Lunatic asylums in Bengal annual reports 1888-1898 - 1888-1898
Year: 1888
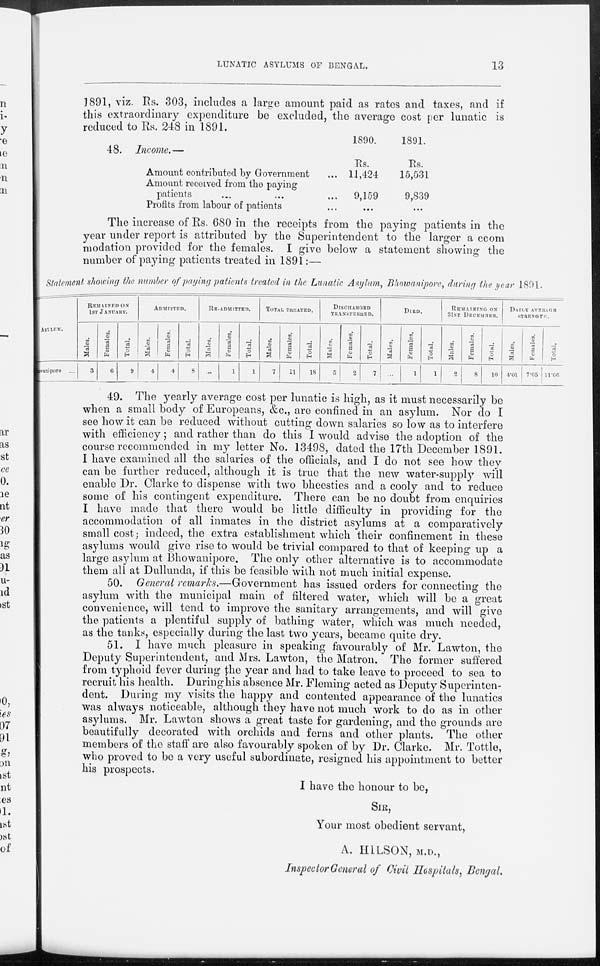
LUNATIC ASYLUMS OF BENGAL.
13
1891, viz. Rs. 303, includes a large amount paid as rates and taxes, and if
this extraordinary expenditure be excluded, the average cost per lunatic is
reduced to Rs. 248 in 1891.
48.
Income.—
Amount contributed by Government ...
Amount received from the paying
patients ... ... ...
Profits from labour of patients ...
1890.
Rs.
11,424
9,159
...
1891.
Rs.
15,531
9,839
...
The increase of Rs. 680 in the receipts from the paying patients in the
year under report is attributed by the Superintendent to the larger a ccom
modation provided for the females. I give below a statement showing the
number of paying patients treated in 1891:—
Statement showing the number of paying patients treated in the Lunatic Asylum, Bhawanipore, during the year 1891.
ASYLUM.
Bhawanipore ...
REMAINED ON
1ST JANUARY.
Males.
3
Females.
6
Total.
9
ADMITTED.
Males.
4
Females.
4
Total.
8
RE-ADMITTED.
Males.
...
Females.
1
Total.
1
TOTAL TREATED
Males.
7
Females.
11
Total.
18
DISCHARGED
TRANSFERRED.
Males.
5
Females.
2
Total.
7
DIED.
Males.
...
Females.
1
Total.
1
REMAINING ON
31ST DECEMBER.
Males.
2
Females.
8
Total.
10
DAILY
AVERAGE
STRENGTH.
Males.
4.01
Females.
7.05
Total.
11.06
49. The yearly average cost per lunatic is high, as it must necessarily be
when a small body of Europeans, &c., are confined in an asylum. Nor do I
see how it can be reduced without cutting down salaries so low as to interfere
with efficiency; and rather than do this I would advise the adoption of the
course recommended in my letter No. 13498, dated the 17th December 1891.
I have examined all the salaries of the officials, and I do not see how they
can be further reduced, although it is true that the new water-supply will
enable Dr. Clarke to dispense with two bheesties and a cooly and to reduce
some of his contingent expenditure. There can be no doubt from enquiries
I have made that there would be little difficulty in providing for the
accommodation of all inmates in the district asylums at a comparatively
small cost; indeed, the extra establishment which their confinement in these
asylums would give rise to would be trivial compared to that of keeping up a
large asylum at Bhowanipore. The only other alternative is to accommodate
them all at Dullunda, if this be feasible with not much initial expense.
50. General remarks.—Government
has issued orders for connecting the
asylum with the municipal main of filtered water, which will be a great
convenience, will tend to improve the sanitary arrangements, and will give
the patients a plentiful supply of bathing water, which was much needed,
as the tanks, especially during the last two years, became quite dry.
51. I have much pleasure in speaking favourably of Mr. Lawton, the
Deputy Superintendent, and Mrs. Lawton, the Matron. The former suffered
from typhoid fever during the year and had to take leave to proceed to sea to
recruit his health. During his absence Mr. Fleming acted as Deputy Superinten-
dent. During my visits the happy and contented appearance of the lunatics
was always noticeable, although they have not much work to do as in other
asylums. Mr. Lawton shows a great taste for gardening, and the grounds are
beautifully decorated with orchids and ferns and other plants. The other
members of the staff are also favourably spoken of by Dr. Clarke. Mr. Tottle,
who proved to be a very useful subordinate, resigned his appointment to better
his prospects.
I have the honour to be,
SIR,
Your most obedient servant,
A. HILSON, M.D.,
Inspector General of Civil Hospitals, Bengal.